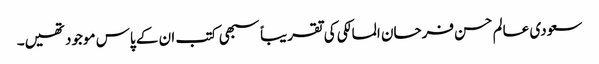
سعودی عالم حسن فرحان المالکی کی تقریباً سبھی کتب ان کے پاس موجود تھیں۔